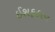
ઈશફહાન